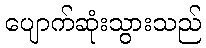
ပျောက်ဆုံးသွားသည်